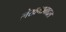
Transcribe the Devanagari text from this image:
लेखनाबाद्दल